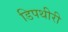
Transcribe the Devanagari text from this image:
डिपथीरी